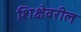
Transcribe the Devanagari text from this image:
शिक्षेवरील